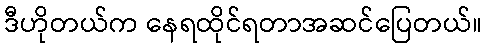
ဒီဟိုတယ်က နေရထိုင်ရတာအဆင်ပြေတယ်။